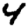
Digit: 4